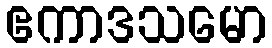
ဧကာဒသမော